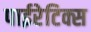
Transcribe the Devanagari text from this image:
पाईरेटिक्स